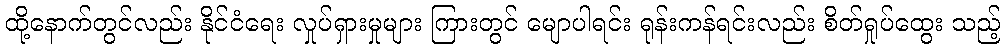
ထို့နောက်တွင်လည်း နိုင်ငံရေး လှုပ်ရှားမှုများ ကြားတွင် မျောပါရင်း ရုန်းကန်ရင်းလည်း စိတ်ရှုပ်ထွေး သည့်